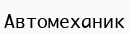
Автомеханик